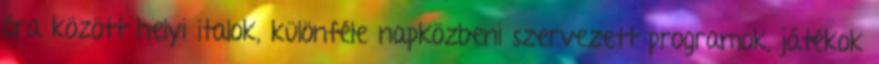
óra között helyi italok, különféle napközbeni szervezett programok, játékok